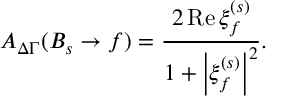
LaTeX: { \cal A } _ { \Delta \Gamma } ( B _ { s } \to f ) = \frac { 2 \, \mathrm { R e } \, \xi _ { f } ^ { ( s ) } } { 1 + \left| \xi _ { f } ^ { ( s ) } \right| ^ { 2 } } .